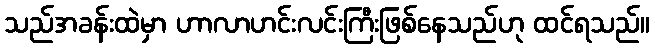
သည်အခန်းထဲမှာ ဟာလာဟင်းလင်းကြီးဖြစ်နေသည်ဟု ထင်ရသည်။